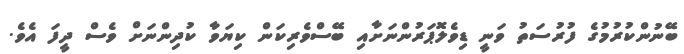
ބޭނުންކުރުމުގެ ފުރުސަތު ވަނީ ޑިވެލޮޕަރުންނަށާއި ބޭސްވެރިކަން ކިޔަވާ ކުދިންނަށް ވެސް ދީފަ އެވެ.